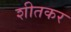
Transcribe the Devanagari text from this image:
शीतकर